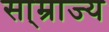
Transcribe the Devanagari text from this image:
सा्म्राज्य